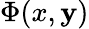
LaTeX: \Phi(x,\mathbf{y})